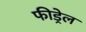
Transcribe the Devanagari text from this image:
फीड्रेल